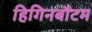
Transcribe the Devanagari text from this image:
हिगिनबौटम